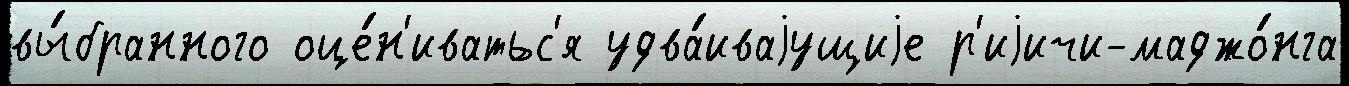
вы́бранного оце́н'иватьс'я удва́иваjущиjе р'иjичи-маджо́нга